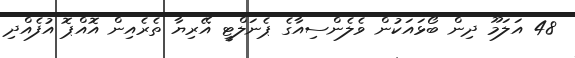
48 އަލަމޫ ދިން ބޯޅައަކުން ވެލެންސިއާގެ ޕެނަލްޓީ އޭރިޔާ ތެރެއިން އޮއްޕޮ އުފެއްދި